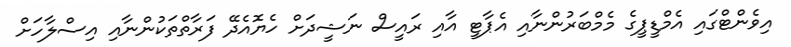
އިވެންޓްގައި އެމްޑީޕީގެ މެމްބަރުންނާއި އެޕާޓީ އާއި ރައީސް ނަޝީދަށް ހެޔޮއެދޭ ފަރާތްތަކުންނާއި އިސްލާހަށް